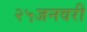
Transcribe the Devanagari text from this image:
२५जनवरी